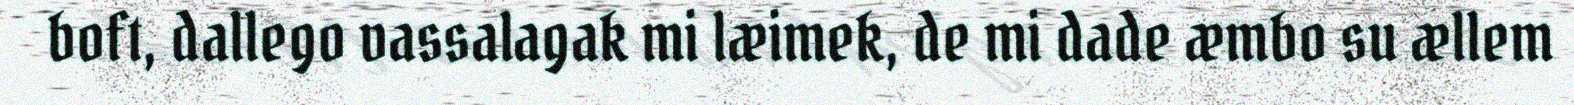
boft, dallego vassalagak mi læimek, de mi dade æmbo su ællem